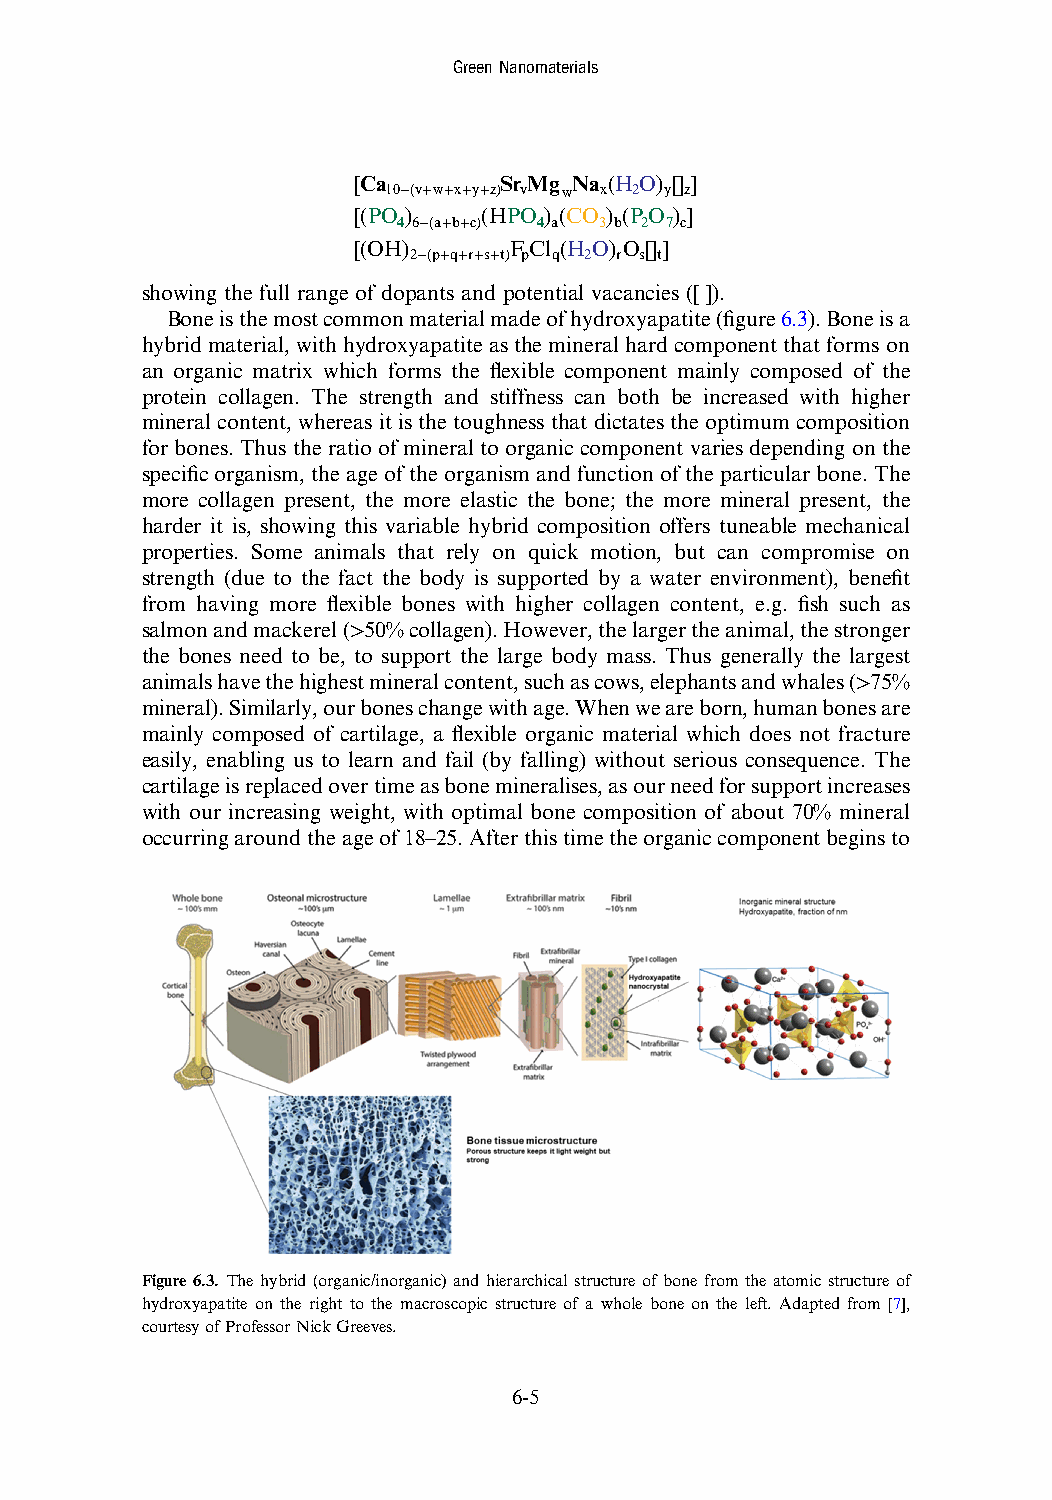
GreenNanomaterials
 [Ca       SrMg Na (HO) [] ]
 10−(v+w+x+y+z) v w x 2 y z
 [(PO )   (HPO ) (CO ) (PO ) ]
 4 6−(a+b+c) 4 a 3 b 2 7 c
 [(OH)      FCl (HO) O[]]
 2−(p+q+r+s+t) p q 2 r s t
 showing the full range of dopants and potential vacancies ([ ]).
 Boneisthemostcommonmaterialmadeofhydroxyapatite(figure6.3).Boneisa
 hybrid material, with hydroxyapatite asthe mineralhard component that forms on
 an organic matrix which forms the flexible component mainly composed of the
 protein collagen. The strength and stiffness can both be increased with higher
 mineral content, whereas it is the toughness that dictates the optimum composition
 for bones. Thus the ratio of mineral to organic component varies depending on the
 specific organism, the age of the organism and function of the particular bone. The
 more collagen present, the more elastic the bone; the more mineral present, the
 harder it is, showing this variable hybrid composition offers tuneable mechanical
 properties. Some animals that rely on quick motion, but can compromise on
 strength (due to the fact the body is supported by a water environment), benefit
 from having more flexible bones with higher collagen content, e.g. fish such as
 salmonandmackerel(>50%collagen).However,thelargertheanimal,thestronger
 the bones need to be, to support the large body mass. Thus generally the largest
 animalshavethehighestmineralcontent,suchascows,elephantsandwhales(>75%
 mineral).Similarly,ourboneschangewithage.Whenweareborn,humanbonesare
 mainly composed of cartilage, a flexible organic material which does not fracture
 easily, enabling us to learn and fail (by falling) without serious consequence. The
 cartilageisreplacedovertimeasbonemineralises,asourneedforsupportincreases
 with our increasing weight, with optimal bone composition of about 70% mineral
 occurringaroundtheageof18–25.Afterthistimetheorganiccomponentbeginsto
 Figure 6.3. The hybrid (organic/inorganic) and hierarchical structure of bone from the atomic structure of
 hydroxyapatite on the right to the macroscopic structure of a whole bone on the left. Adapted from [7],
 courtesyofProfessorNickGreeves.
 6-5